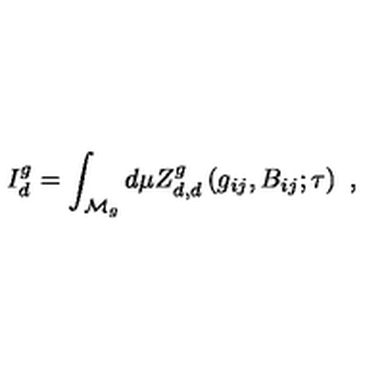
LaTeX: I _ { d } ^ { g } = \int _ { { \cal { M } } _ { g } } d \mu Z _ { d , d } ^ { g } \left( g _ { i j } , B _ { i j } ; \tau \right) \ ,